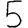
Digit: 5